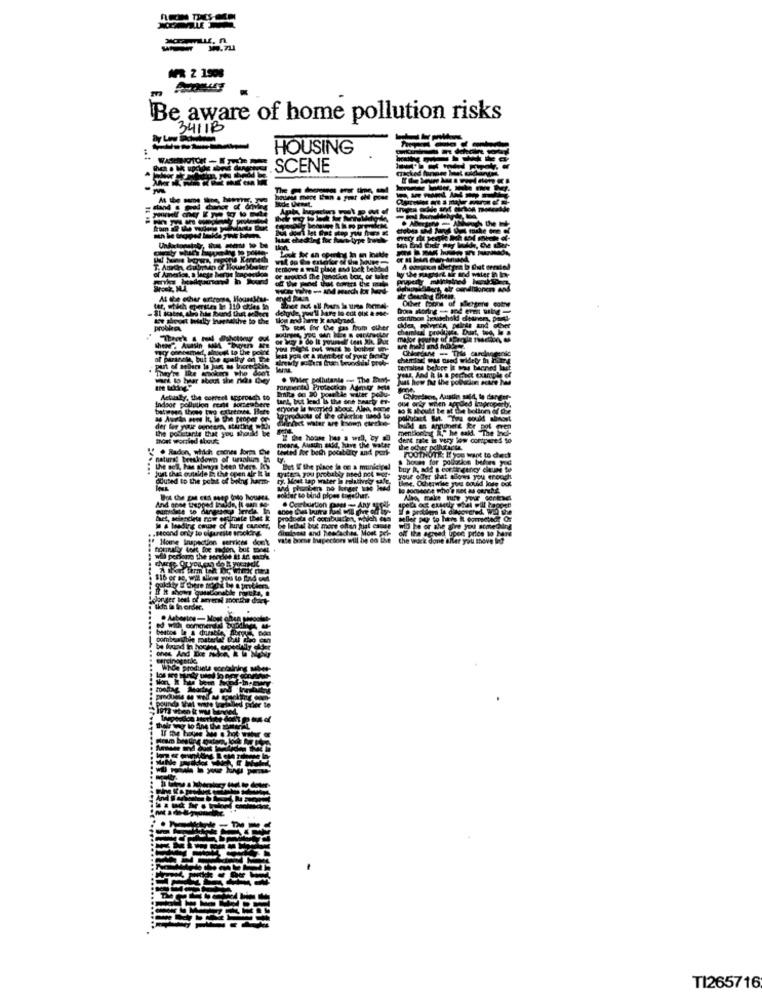
NR 2 1908
Be aware of home pollution risks
3411B
HOUSING
SCENE
-The t-
wilat polu-
the wal
med net
Any
Mont pel
TI265716